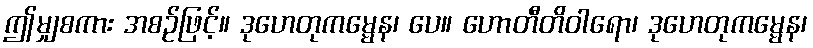
ဤမျှစကား အစဉ်ဖြင့်။ ဒုဟေတုကမ္မေန၊ ပေ။ ဟောတီတိဝါရော၊ ဒုဟေတုကမ္မေန၊